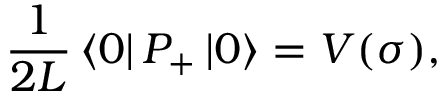
{ \frac { 1 } { 2 L } } \left\langle 0 \right\vert P _ { + } \left\vert 0 \right\rangle = V ( \sigma ) ,